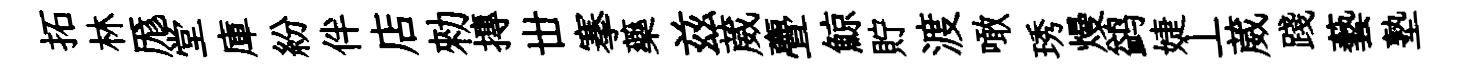
拓林厖堂庫紛伴店勑摶丗搴藥兹葳亹鯨貯渡噉琇熳鹢婕丄葳踐藝塾